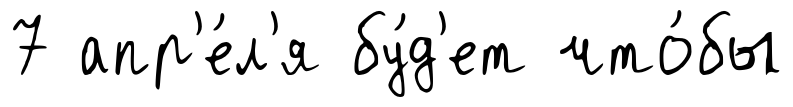
7 апр'е́л'я бу́д'ет что́бы